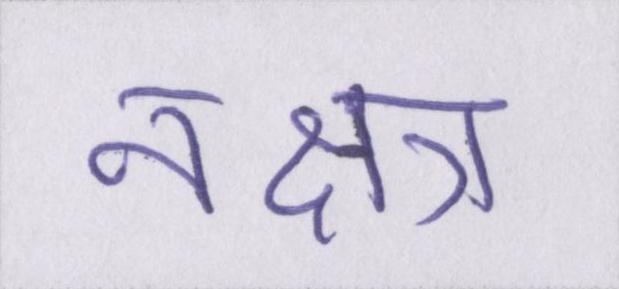
नक्षत्र